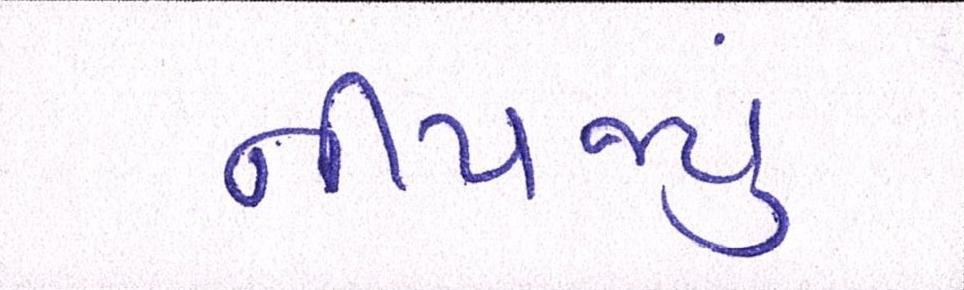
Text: નીપજ્યું